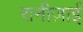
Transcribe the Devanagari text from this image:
रानीज़ाई